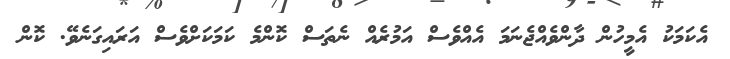
އެކަމަކު އެމީހުން ދާންވެއްޖެނަމަ އެއްވެސް އަމުރެއް ނެތަސް ކޮންމެ ކަމަކަށްވެސް އަރައިގަނެވޭ. ކޮން